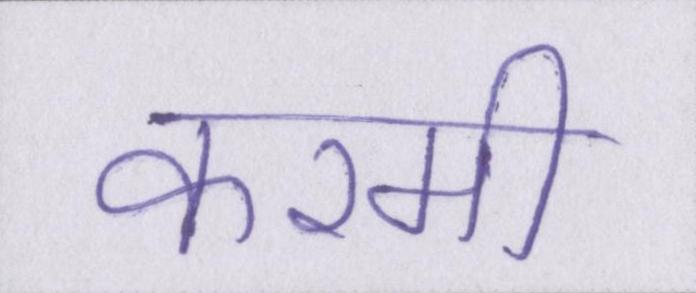
करमी